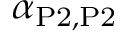
\alpha _ { \mathrm { P 2 } , \mathrm { P 2 } }